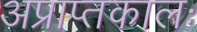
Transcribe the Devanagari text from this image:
अप्राप्तकालः